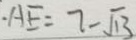
\cdot A E = 7 - \sqrt { 1 3 }